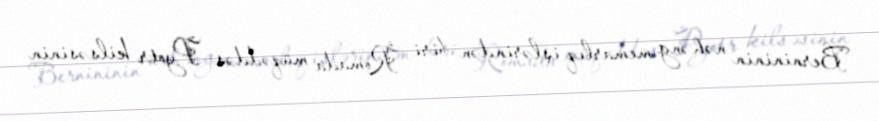
Bernininin nəhəng memarlıq işlərindən biri Romada müqəddəs Pyotr kilsəsinin